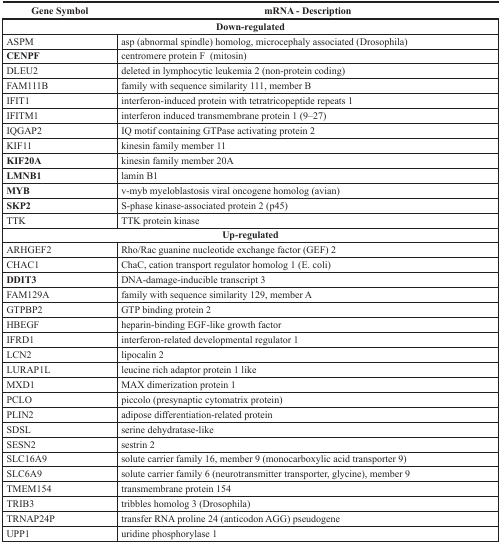
| Gene Symbol | mRNA - Description |
 | --- | --- |
 | <COLSPAN=2> Down-regulated |
 | ASPM | asp (abnormal spindle) homolog, microcephaly associated (Drosophila) |
 | CENPF | centromere protein F (mitosin) |
 | DLEU2 | deleted in lymphocytic leukemia 2 (non-protein coding) |
 | FAM111B | family with sequence similarity 111, member B |
 | IFIT1 | interferon-induced protein with tetratricopeptide repeats 1 |
 | IFITM1 | interferon induced transmembrane protein 1 (9–27) |
 | IQGAP2 | IQ motif containing GTPase activating protein 2 |
 | KIF11 | kinesin family member 11 |
 | KIF20A | kinesin family member 20A |
 | LMNB1 | lamin B1 |
 | MYB | v-myb myeloblastosis viral oncogene homolog (avian) |
 | SKP2 | S-phase kinase-associated protein 2 (p45) |
 | TTK | TTK protein kinase |
 | <COLSPAN=2> Up-regulated |
 | ARHGEF2 | Rho/Rac guanine nucleotide exchange factor (GEF) 2 |
 | CHAC1 | ChaC, cation transport regulator homolog 1 (E. coli) |
 | DDIT3 | DNA-damage-inducible transcript 3 |
 | FAM129A | family with sequence similarity 129, member A |
 | GTPBP2 | GTP binding protein 2 |
 | HBEGF | heparin-binding EGF-like growth factor |
 | IFRD1 | interferon-related developmental regulator 1 |
 | LCN2 | lipocalin 2 |
 | LURAP1L | leucine rich adaptor protein 1 like |
 | MXD1 | MAX dimerization protein 1 |
 | PCLO | piccolo (presynaptic cytomatrix protein) |
 | PLIN2 | adipose differentiation-related protein |
 | SDSL | serine dehydratase-like |
 | SESN2 | sestrin 2 |
 | SLC16A9 | solute carrier family 16, member 9 (monocarboxylic acid transporter 9) |
 | SLC6A9 | solute carrier family 6 (neurotransmitter transporter, glycine), member 9 |
 | TMEM154 | transmembrane protein 154 |
 | TRIB3 | tribbles homolog 3 (Drosophila) |
 | TRNAP24P | transfer RNA proline 24 (anticodon AGG) pseudogene |
 | UPP1 | uridine phosphorylase 1 |